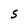
Character: S